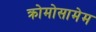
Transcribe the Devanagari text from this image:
क्रोमोसामेम